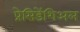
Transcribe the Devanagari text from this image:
प्रेसिडेंशिअल